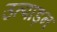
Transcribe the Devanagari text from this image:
उत्पाड़न